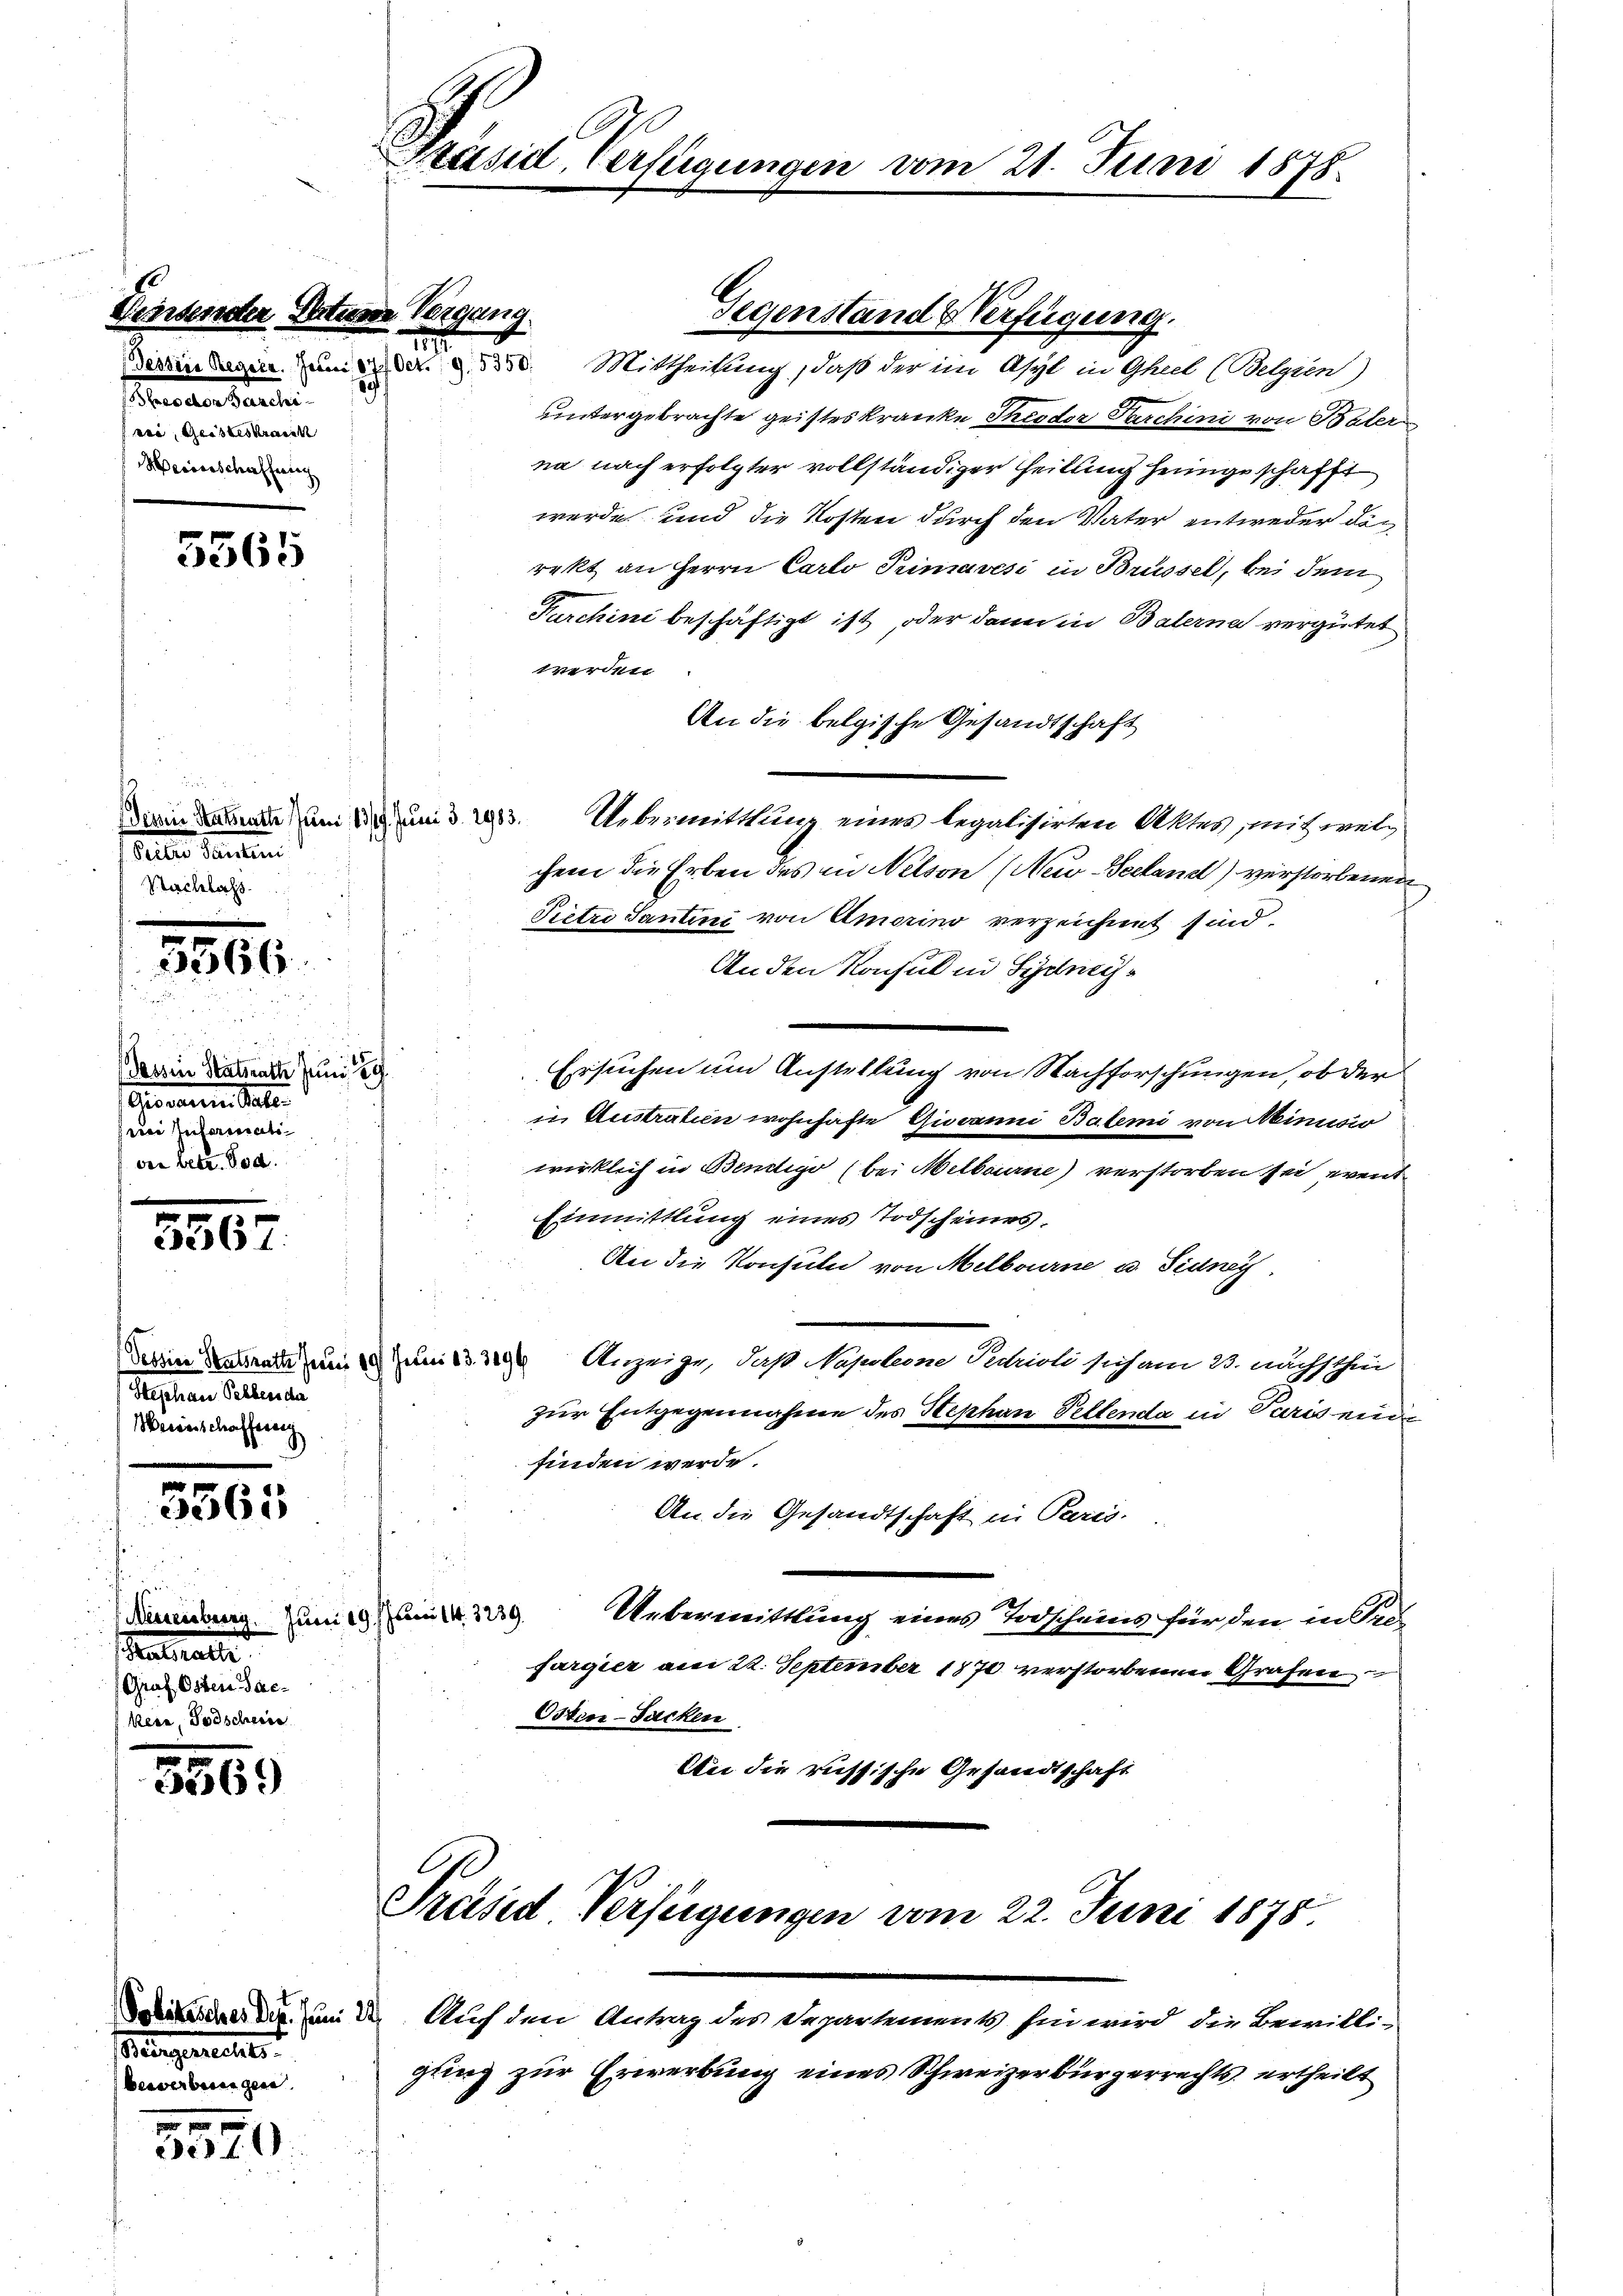
Versender Situm Vergang.
srechten Beamtei
rri, Geisteskrank
Heiverschaffnung

5565

spater Paulin
Nachlass

3200.

(Passin Staatsrath Juni 189
Gionen Stelle
rie Informats
vor betr. Tod

3567

Stephan Selben da
Weinschaffung

u
3365

Meereinberg. Juni 19
eatratte
Graf Osten Backern, Todschein

5569

Burgerrechts
bewerbungen

3570

Präsid Verfügungen vom 21. Juni 1875.

Gegenstand Verfügung.
Derin den um d. d. Mittheilung, daß der im Asyl in Gheel (Belgien)
Hintergebrachte geisteskranke Theodor Parchini von Baler
na nach erfolgter vollständiger Heilung heimgeschafft
werde und die Kosten durch den Vater entweder den
rekt an Herrn Carlo Primavesi in Brüssel, bei dem
Farchini beschäftigt ist, oder dann in Balterna vergütet
werden
An die belgische Gesandtschaft
derin das am 10 und 23. Uebermittlung eines legalisirten Aktes, mit welchem die Erben des in Nelson (Neu-Seeland) verstorbenen
Pietro Santini von Amerino verzeichnet sind.
Anden Konsul in Sydne¬
Ersuchen um Anstellung von Nachforschungen, ob der
in Geistratien wohnhafte Giovanni Batemi von Minusio
wirklich in Bendigo (bei Melbourne) verstorben sei event
Einmittlung eines Todscheines.
An die Konsuln von Melbourne u. Sidney
Serien Betrade um mit der Anzeige, daß Napoleone Sedrioli sich am 23. nächsthin
zur Entgegennahme des Stephan Peltenda in Paris einig
finden werde.
An die Gesandtschaft in Paris.
Juni 14. 3239.
Uebermittlung eines Todscheins für den in Profargier am 22. September 1870 verstorbenen Grafen
Osten-Sacken
An die russische Gesandtschaft

1

Präsid Verfügungen vom 22. Juni 1875.

dir zum de. Auch den Antrag des Departements hin wird die Bewilli-
gung zur Erwerbung eines Schweizerbürgerrechts, ertheilt